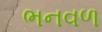
ભનવળ